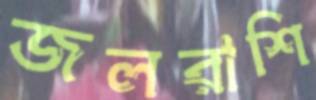
জলরাশি